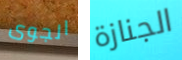
الجوى الجنازة